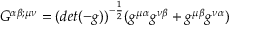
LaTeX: G ^ { \alpha \beta ; \mu \nu } = ( d e t ( - g ) ) ^ { - \frac { 1 } { 2 } } ( g ^ { \mu \alpha } g ^ { \nu \beta } + g ^ { \mu \beta } g ^ { \nu \alpha } )